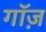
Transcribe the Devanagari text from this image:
गॉज़